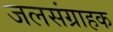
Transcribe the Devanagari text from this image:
जलसंग्राहक